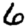
Digit: 6